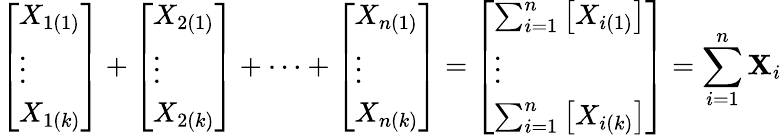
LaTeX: {\left[\begin{array}{l}{X_{1(1)}}\\ {\vdots}\\ {X_{1(k)}}\end{array}\right]}+{\left[\begin{array}{l}{X_{2(1)}}\\ {\vdots}\\ {X_{2(k)}}\end{array}\right]}+\cdots+{\left[\begin{array}{l}{X_{n(1)}}\\ {\vdots}\\ {X_{n(k)}}\end{array}\right]}={\left[\begin{array}{l}{\sum_{i=1}^{n}\left[X_{i(1)}\right]}\\ {\vdots}\\ {\sum_{i=1}^{n}\left[X_{i(k)}\right]}\end{array}\right]}=\sum_{i=1}^{n}\mathbf{X}_{i}